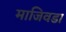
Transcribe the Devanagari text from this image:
माजिवडा